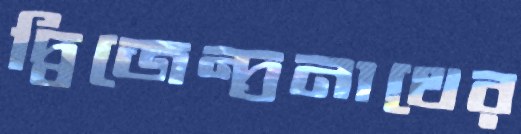
দ্বিজেন্দ্রনাথের